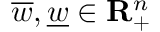
\overline { w } , \underline { w } \in \mathbf { R } _ { + } ^ { n }